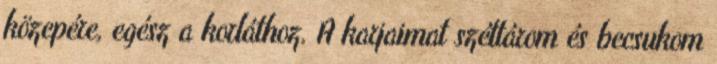
közepére, egész a korláthoz. A karjaimat széttárom és becsukom